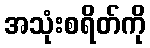
အသုံးစရိတ်ကို